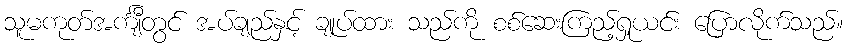
သူမကုတ်အင်္ကျီတွင် အပ်ချည်နှင့် ချုပ်ထား သည်ကို စစ်ဆေးကြည့်ရှုယင်း ပြောလိုက်သည်။